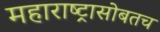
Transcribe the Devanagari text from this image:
महाराष्ट्रासोबतच